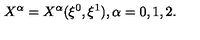
X ^ { \alpha } = X ^ { \alpha } ( \xi ^ { 0 } , \xi ^ { 1 } ) , \alpha = 0 , 1 , 2 .